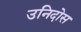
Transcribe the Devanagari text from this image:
उनिदोस